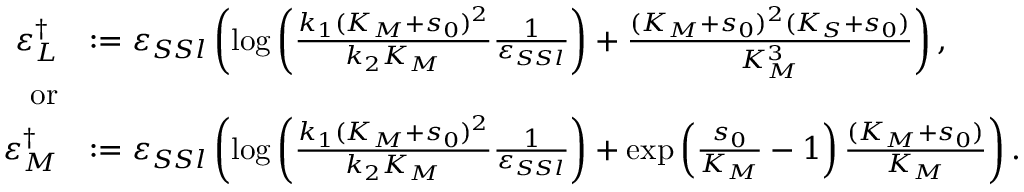
\begin{array} { r l } { \varepsilon _ { L } ^ { \dagger } } & { : = \varepsilon _ { S S l } \left( \log \left( \frac { k _ { 1 } ( K _ { M } + s _ { 0 } ) ^ { 2 } } { k _ { 2 } K _ { M } } \frac { 1 } { \varepsilon _ { S S l } } \right) + \frac { ( K _ { M } + s _ { 0 } ) ^ { 2 } ( K _ { S } + s _ { 0 } ) } { K _ { M } ^ { 3 } } \right) , } \\ { \mathrm { o r } } \\ { \varepsilon _ { M } ^ { \dagger } } & { : = \varepsilon _ { S S l } \left( \log \left( \frac { k _ { 1 } ( K _ { M } + s _ { 0 } ) ^ { 2 } } { k _ { 2 } K _ { M } } \frac { 1 } { \varepsilon _ { S S l } } \right) + \exp \left( \frac { s _ { 0 } } { K _ { M } } - 1 \right) \frac { ( K _ { M } + s _ { 0 } ) } { K _ { M } } \right) . } \end{array}